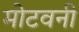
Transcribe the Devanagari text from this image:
मोटवनी